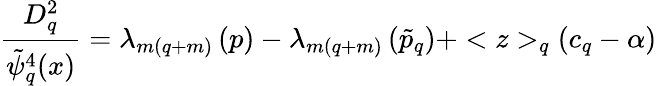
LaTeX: \frac{D_{q}^{2}}{\tilde{\psi}_{q}^{4}(x)}=\lambda_{m(q+m)}\left(p\right)-\lambda_{m(q+m)}\left(\tilde{p}_{q}\right)+<z>_{q}\left(c_{q}-\alpha\right)